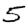
Digit: 5